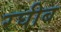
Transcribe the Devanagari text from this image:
रघीब